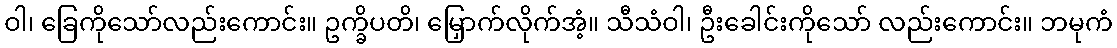
ဝါ၊ ခြေကိုသော်လည်းကောင်း။ ဥက္ခိပတိ၊ မြှောက်လိုက်အံ့။ သီသံဝါ၊ ဦးခေါင်းကိုသော် လည်းကောင်း။ ဘမုကံ